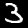
Digit: 3